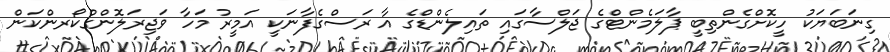
ގިނަބަޔަކު ހީކޮށްގެންތިބީ ޕާލަމެންޓްގެ ޖަލްސާގައި ތައިލެންޑްގެ އާ ރަސްގެފާނަކީ އަމީރު މަހާ ވަޖިރަލޮންގްކޯރންކަން